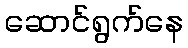
ဆောင်ရွက်နေ